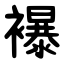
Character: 襮